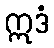
ဣဒံ